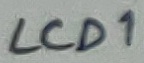
Text: LCD1